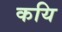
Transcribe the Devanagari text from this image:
कयि